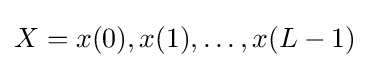
X=x(0),x(1),\dots ,x(L-1)